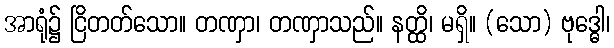
အာရုံ၌ ငြိတတ်သော။ တဏှာ၊ တဏှာသည်။ နတ္ထိ၊ မရှိ။ (သော) ဗုဒ္ဓေါ၊